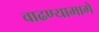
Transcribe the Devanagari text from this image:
वाढण्यामागे